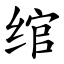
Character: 绾